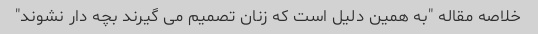
خلاصه مقاله "به همین دلیل است که زنان تصمیم می گیرند بچه دار نشوند"